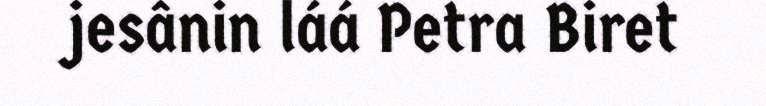
jesânin láá Petra Biret